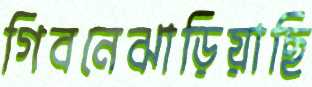
গিবনেঝাড়িয়াছি